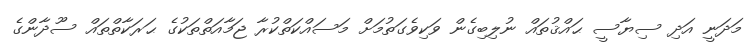
މަދަނީ އަދި ސިޔާސީ ޙައްޤުތައް ނުލިބިގެން ވަކިވެގަތުމަށް މަސައްކަތްކުރާ ޖަމާއަތްތަކުގެ ޙަރަކާތްތައް ސޫދާންގެ